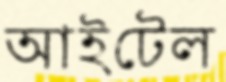
আইটেল